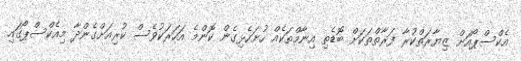
އެކްސްޕޯއަށް ޒިޔާރަތްކުރާ ފަރާތްތަކަށް ބޮޑެތި އިނާމްތަކެއް ހުށަހެޅިގެން ކޮންމެ އަހަރަކުވެސް ކުރިއަށްގެންދާ މިއެކްސްޕޯގައި